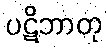
ပဋိဘာတု